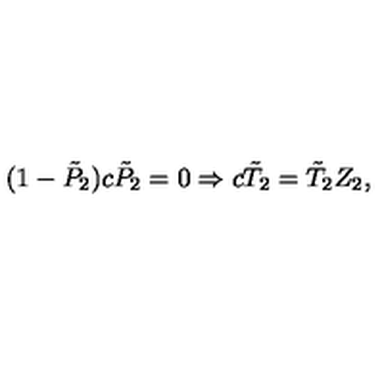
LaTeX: ( 1 - \tilde { P } _ { 2 } ) c \tilde { P } _ { 2 } = 0 \Rightarrow c \tilde { T } _ { 2 } = \tilde { T } _ { 2 } Z _ { 2 } ,